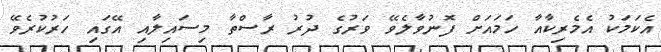
އެކަމަކު އެމެރިކާއާ ހަމައަށް ފޮނުވާލެވޭ ވަރުގެ ދުރު ރާސްތާ މިސައިލާއި އޭގައި ހަރުކުރެވޭ